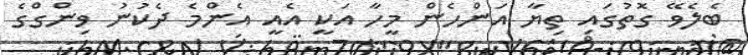
ބެލެވޭ ގޮތުގައި ތިޔާ އަންހެން މީހާ އަކީ އެއީ އެންމެ ދެކުނު ވިންގްގެ